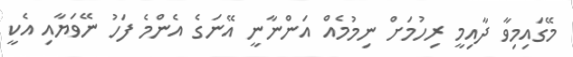
މޭގައިމިވާ ދާއިމީ ރިހުމަށް ނިމުމެއް އަންނާނީ އޭނަގެ އެންމެ ފަހު ނޭވަޔާއި އެކީ